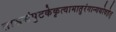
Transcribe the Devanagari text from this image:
ताम्रसंपुटकेकृत्वामातुरंगान्यथोवहेत्